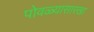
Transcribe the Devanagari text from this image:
पोवळ्यासारखा